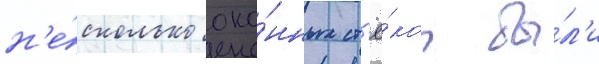
н'е́сколько око́нных ст'ё́кол бы́л'и